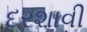
દરશાવી